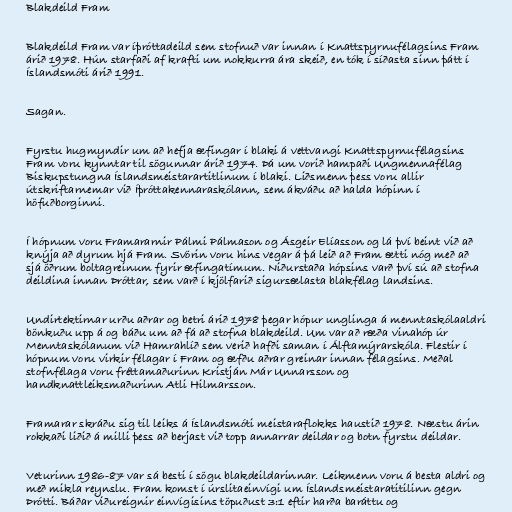
Blakdeild Fram

Blakdeild Fram var íþróttadeild sem stofnuð var innan í Knattspyrnufélagsins Fram
árið 1978. Hún starfaði af krafti um nokkurra ára skeið, en tók í síðasta sinn þátt í
Íslandsmóti árið 1991.

Sagan.

Fyrstu hugmyndir um að hefja æfingar í blaki á vettvangi Knattspyrnufélagsins
Fram voru kynntar til sögunnar árið 1974. Þá um vorið hampaði Ungmennafélag
Biskupstungna Íslandsmeistarartitlinum í blaki. Liðsmenn þess voru allir
útskriftarnemar við Íþróttakennaraskólann, sem ákváðu að halda hópinn í
höfuðborginni.

Í hópnum voru Framararnir Pálmi Pálmason og Ásgeir Elíasson og lá því beint við að
knýja að dyrum hjá Fram. Svörin voru hins vegar á þá leið að Fram ætti nóg með að
sjá öðrum boltagreinum fyrir æfingatímum. Niðurstaða hópsins varð því sú að stofna
deildina innan Þróttar, sem varð í kjölfarið sigursælasta blakfélag landsins.

Undirtektirnar urðu aðrar og betri árið 1978 þegar hópur unglinga á menntaskólaaldri
bönkuðu upp á og báðu um að fá að stofna blakdeild. Um var að ræða vinahóp úr
Menntaskólanum við Hamrahlíð sem verið hafði saman í Álftamýrarskóla. Flestir í
hópnum voru virkir félagar í Fram og æfðu aðrar greinar innan félagsins. Meðal
stofnfélaga voru fréttamaðurinn Kristján Már Unnarsson og
handknattleiksmaðurinn Atli Hilmarsson.

Framarar skráðu sig til leiks á Íslandsmóti meistaraflokks haustið 1978. Næstu árin
rokkaði liðið á milli þess að berjast við topp annarrar deildar og botn fyrstu deildar.

Veturinn 1986-87 var sá besti í sögu blakdeildarinnar. Leikmenn voru á besta aldri og
með mikla reynslu. Fram komst í úrslitaeinvígi um Íslandsmeistaratitilinn gegn
Þrótti. Báðar viðureignir einvígisins töpuðust 3:1 eftir harða baráttu og